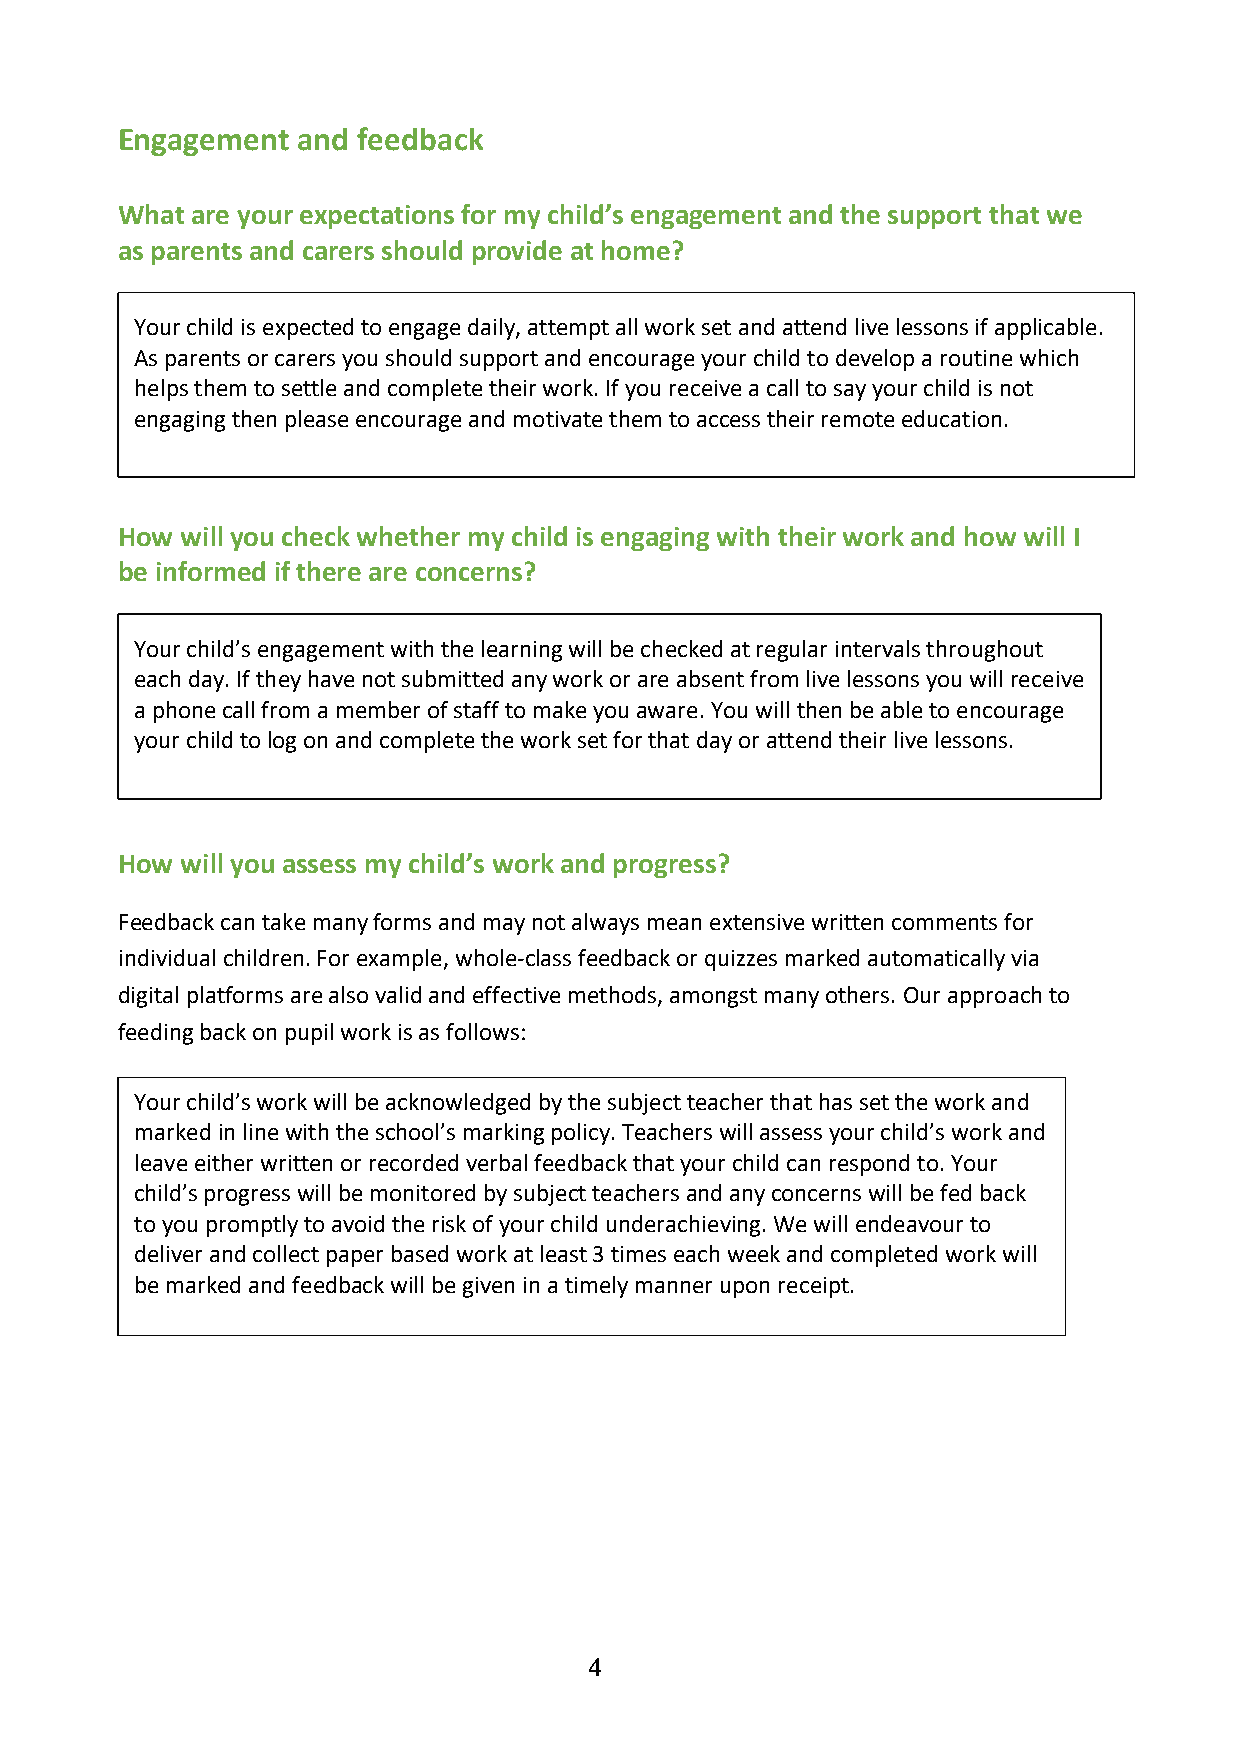
Engagement  and feedback
 What are your expectations for my child’s engagement and the support that we
 as parents and carers should provide at home?
 Your child is expected to engage daily, attempt all work set and attend live lessons if applicable.
 As parents or carers you should support and encourage your child to develop a routine which
 helps them to settle and complete their work. If you receive a call to say your child is not
 engaging then please encourage and motivate them to access their remote education.
 How will you check whether my child is engaging with their work and how will I
 be informed if there are concerns?
 Your child’s engagement with the learning will be checked at regular intervals throughout
 each day. If they have not submitted any work or are absent from live lessons you will receive
 a phone call from a member of staff to make you aware. You will then be able to encourage
 your child to log on and complete the work set for that day or attend their live lessons.
 How will you assess my child’s work and progress?
 Feedback can take many forms and may not always mean extensive written comments for
 individual children. For example, whole-class feedback or quizzes marked automatically via
 digital platforms are also valid and effective methods, amongst many others. Our approach to
 feeding back on pupil work is as follows:
 Your child’s work will be acknowledged by the subject teacher that has set the work and
 marked in line with the school’s marking policy. Teachers will assess your child’s work and
 leave either written or recorded verbal feedback that your child can respond to. Your
 child’s progress will be monitored by subject teachers and any concerns will be fed back
 to you promptly to avoid the risk of your child underachieving. We will endeavour to
 deliver and collect paper based work at least 3 times each week and completed work will
 be marked and feedback will be given in a timely manner upon receipt.
 4